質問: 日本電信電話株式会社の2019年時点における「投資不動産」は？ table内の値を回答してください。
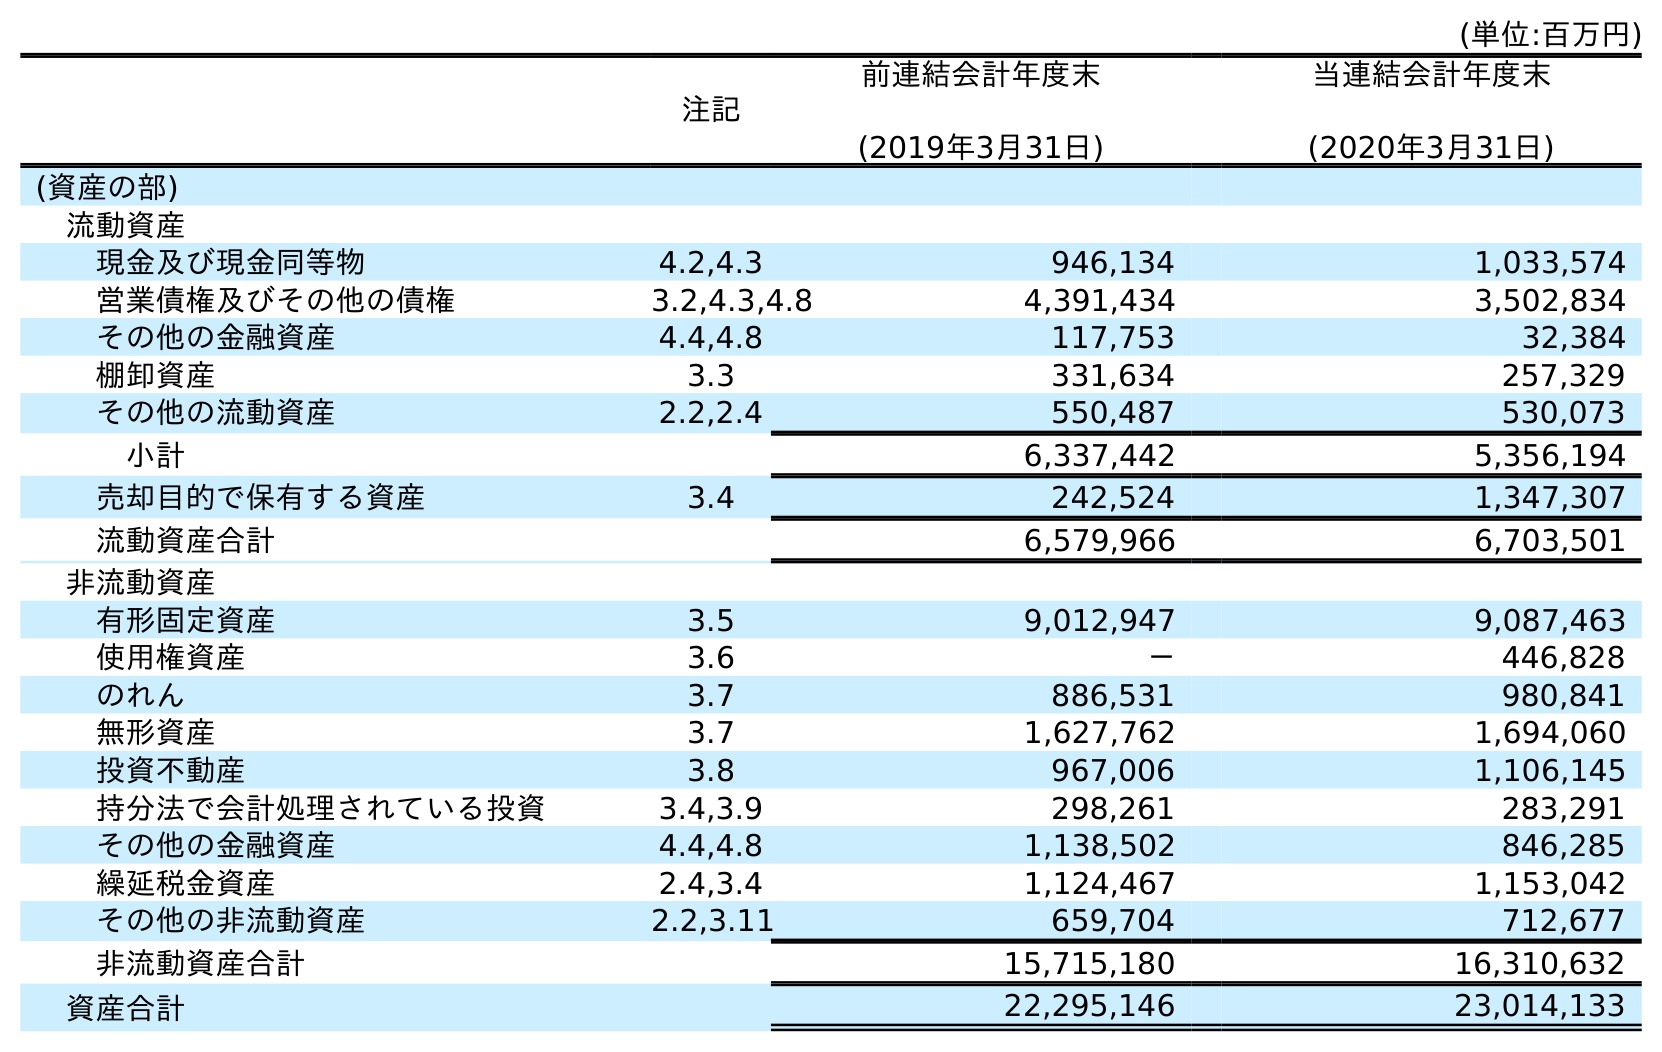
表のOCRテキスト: (単位:百万円) 注記 前連結会計年度末 (2019年3月31日) 当連結会計年度末 (2020年3月31日) (資産の部) 流動資産 現金及び現金同等物 4.2,4.3 946,134 1,033,574 営業債権及びその他の債権 3.2,4.3,4.8 4,391,434 3,502,834 その他の金融資産 4.4,4.8 117,753 32,384 棚卸資産 3.3 331,634 257,329 その他の流動資産 2.2,2.4 550,487 530,073 小計 6,337,442 5,356,194 売却目的で保有する資産 3.4 242,524 1,347,307 流動資産合計 6,579,966 6,703,501 非流動資産 有形固定資産 3.5 9,012,947 9,087,463 使用権資産 3.6 － 446,828 のれん 3.7 886,531 980,841 無形資産 3.7 1,627,762 1,694,060 投資不動産 3.8 967,006 1,106,145 持分法で会計処理されている投資 3.4,3.9 298,261 283,291 その他の金融資産 4.4,4.8 1,138,502 846,285 繰延税金資産 2.4,3.4 1,124,467 1,153,042 その他の非流動資産 2.2,3.11 659,704 712,677 非流動資産合計 15,715,180 16,310,632 資産合計 22,295,146 23,014,133
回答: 967,006